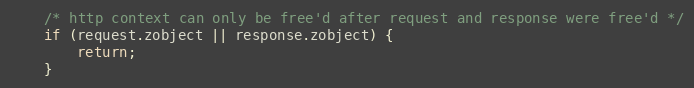
Language: C++
    /* http context can only be free'd after request and response were free'd */
    if (request.zobject || response.zobject) {
        return;
    }